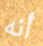
أنه